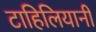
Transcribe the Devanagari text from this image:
टाहिलियानी